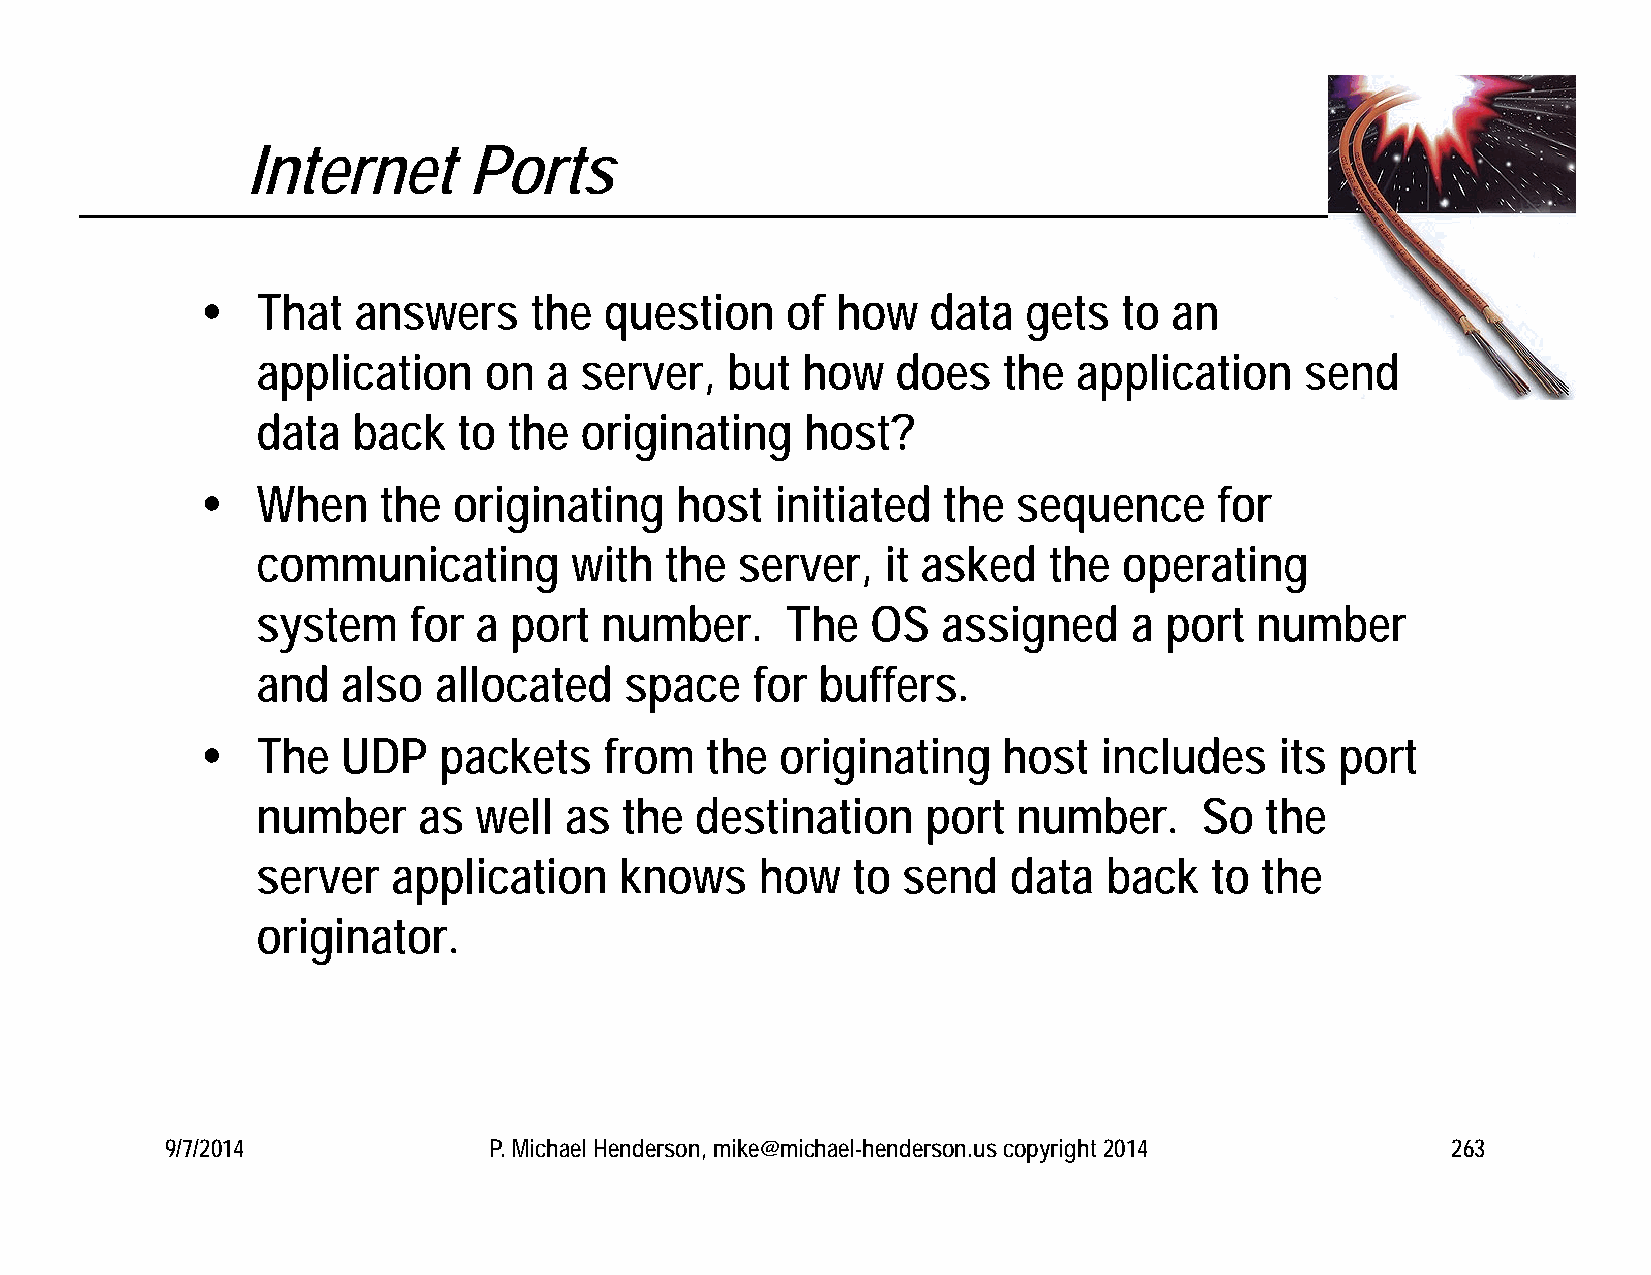
Internet       Ports
    That  answers     the  question    of how    data  gets  to  an
 application    on  a server,   but  how   does   the  application    send
 data  back   to  the originating    host?
    When    the  originating    host  initiated  the  sequence      for
 communicating        with  the  server,   it asked  the  operating
 system    for a  port  number.     The   OS  assigned     a port  number
 and   also  allocated   space    for buffers.
    The   UDP   packets    from   the  originating   host   includes    its port
 number     as well  as  the  destination    port  number.     So   the
 server   application    knows    how   to  send   data  back   to the
 originator.
 9/7/2014             P. Michael Henderson, mike@michael-henderson.us copyright 2014  263